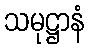
သမုဋ္ဌာနံ